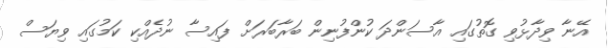
އޭނާ ވިދާޅުވި ގޮތުގައި އާސަންދަ ކުންފުނިން ބަރާބަރަށް ފައިސާ ނުދެއްކި ކަމުގައި ވިޔަސް